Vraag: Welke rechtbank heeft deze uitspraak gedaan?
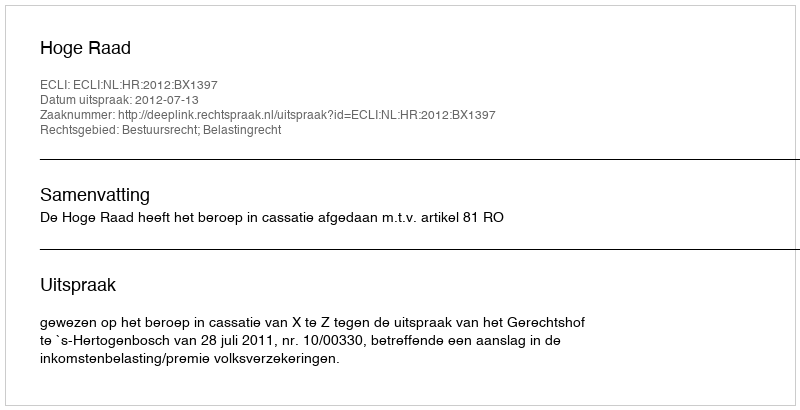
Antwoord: Hoge Raad